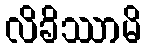
လိခိဿာမိ